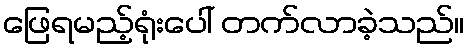
ဖြေရမည့်ရုံးပေါ် တက်လာခဲ့သည်။